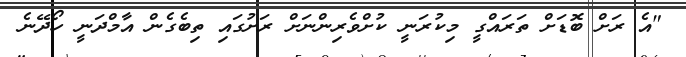
"އެ ރަށް ބޮޑަށް ތަރައްގީ މިކުރަނީ ކުށްވެރިންނަށް ރަށުގައި ތިބެގެން އާމްދަނީ ހޯދޭނެ